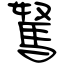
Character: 駑